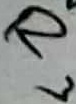
Text: R3